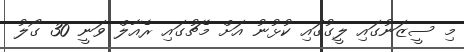
މި ސީޒަނުގައި ލީގުގައި ކުޅުނު އަށް މެޗުގައި ރެއާލް ވަނީ 30 ގޯލު